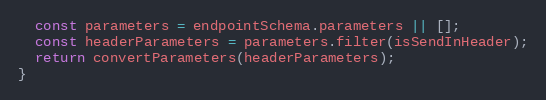
Language: JavaScript
  const parameters = endpointSchema.parameters || [];
  const headerParameters = parameters.filter(isSendInHeader);
  return convertParameters(headerParameters);
}